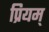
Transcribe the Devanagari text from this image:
प्रियम्‌